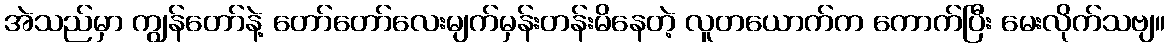
အဲသည်မှာ ကျွန်တော်နဲ့ တော်တော်လေးမျက်မှန်းတန်းမိနေတဲ့ လူတယောက်က ကောက်ပြီး မေးလိုက်သဗျ။